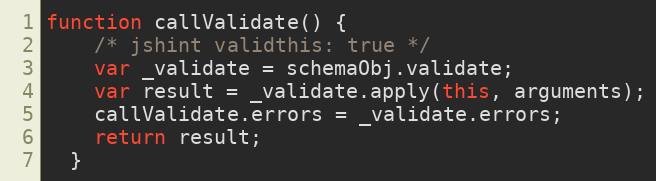
Language: JavaScript
function callValidate() {
    /* jshint validthis: true */
    var _validate = schemaObj.validate;
    var result = _validate.apply(this, arguments);
    callValidate.errors = _validate.errors;
    return result;
  }